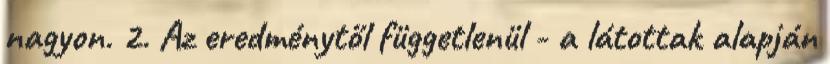
nagyon. 2. Az eredménytől függetlenül - a látottak alapján